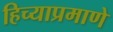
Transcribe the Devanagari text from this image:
हिच्याप्रमाणे